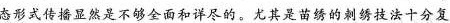
态形式传播显然是不够全面和详尽的。尤其是苗绣的刺绣技法十分复